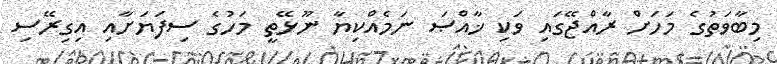
މިބާވަތުގެ މަހަށް ރާއްޖޭގައި ވަކި ޚާއްޞަ ނަމެއްކިޔާ ނޫޅޭތީ މަހުގެ ސިފަޔަށާއި އިގިރޭސި